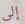
إلى